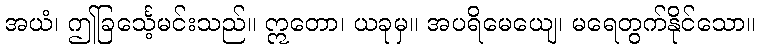
အယံ၊ ဤခြင်္သေ့မင်းသည်။ ဣတော၊ ယခုမှ။ အပရိမေယျေ၊ မရေတွက်နိုင်သော။